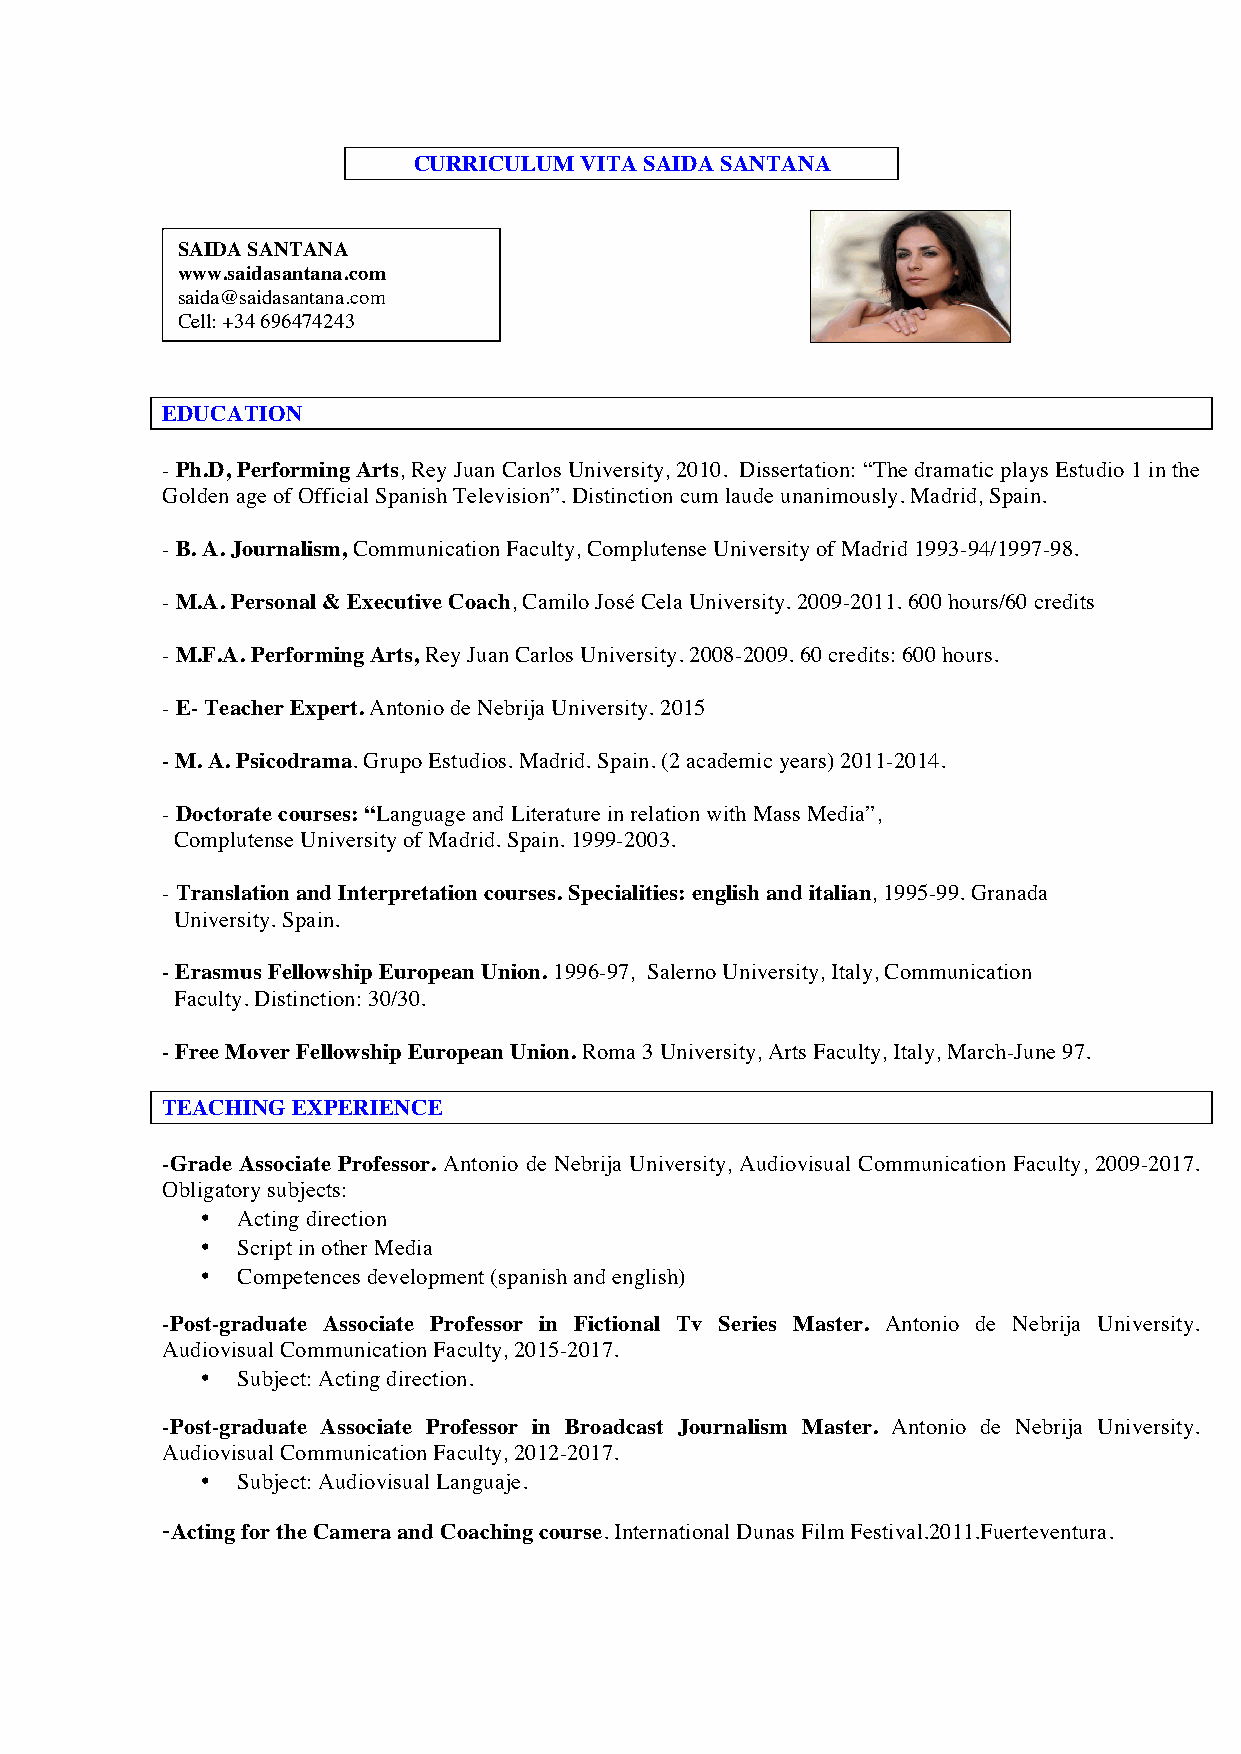
CURRICULUM VITA SAIDA SANTANA
 SAIDA SANTANA
 www.saidasantana.com
 saida@saidasantana.com
 Cell: +34 696474243
 EDUCATION
 - Ph.D, Performing Arts, Rey Juan Carlos University, 2010. Dissertation: “The dramatic plays Estudio 1 in the
 Golden age of Official Spanish Television”. Distinction cum laude unanimously. Madrid, Spain.
 - B. A. Journalism, Communication Faculty, Complutense University of Madrid 1993-94/1997-98.
 - M.A. Personal & Executive Coach, Camilo José Cela University. 2009-2011. 600 hours/60 credits
 - M.F.A. Performing Arts, Rey Juan Carlos University. 2008-2009. 60 credits: 600 hours.
 - E- Teacher Expert. Antonio de Nebrija University. 2015
 - M. A. Psicodrama. Grupo Estudios. Madrid. Spain. (2 academic years) 2011-2014.
 - Doctorate courses: “Language and Literature in relation with Mass Media”,
 Complutense University of Madrid. Spain. 1999-2003.
 - Translation and Interpretation courses. Specialities: english and italian, 1995-99. Granada
 University. Spain.
 - Erasmus Fellowship European Union. 1996-97, Salerno University, Italy, Communication
 Faculty. Distinction: 30/30.
 - Free Mover Fellowship European Union. Roma 3 University, Arts Faculty, Italy, March-June 97.
 TEACHING EXPERIENCE
 -Grade Associate Professor. Antonio de Nebrija University, Audiovisual Communication Faculty, 2009-2017.
 Obligatory subjects:
 •  Acting direction
 •  Script in other Media
 •  Competences development (spanish and english)
 -Post-graduate Associate Professor in Fictional Tv Series Master. Antonio de Nebrija University.
 Audiovisual Communication Faculty, 2015-2017.
 •  Subject: Acting direction.
 -Post-graduate Associate Professor in Broadcast Journalism Master. Antonio de Nebrija University.
 Audiovisual Communication Faculty, 2012-2017.
 •  Subject: Audiovisual Languaje.
 -Acting for the Camera and Coaching course. International Dunas Film Festival.2011.Fuerteventura.